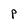
Character: P